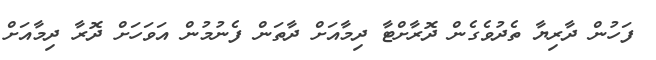
ފަހުން ދާރިޔާ ތެދުވެގެން ދޮރާށްޓާ ދިމާއަށް ދާތަން ފެނުމުން އަވަހަށް ދޮރާ ދިމާއަށް